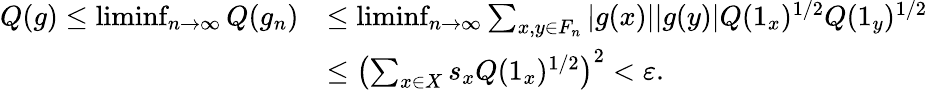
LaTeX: \begin{array}{rl}{Q(g)\leq\operatorname*{liminf}_{n\to\infty}Q(g_{n})}&{\leq\operatorname*{liminf}_{n\to\infty}\sum_{x,y\in F_{n}}|g(x)||g(y)|Q(1_{x})^{1/2}Q(1_{y})^{1/2}}\\ &{\leq\left(\sum_{x\in X}s_{x}Q(1_{x})^{1/2}\right)^{2}<\varepsilon.}\end{array}